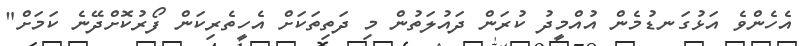
އެހެންވެ އަޅުގަނޑުމެން އުއްމީދު ކުރަން ދައުލަތުން މި ދަތިތަކަށް އެހީތެރިކަން ފޯރުކޮށްދޭނެ ކަމަށް"